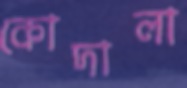
কোদালা